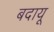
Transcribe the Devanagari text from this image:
बदायू